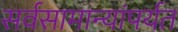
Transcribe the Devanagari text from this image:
सर्वसामान्यांपर्यत